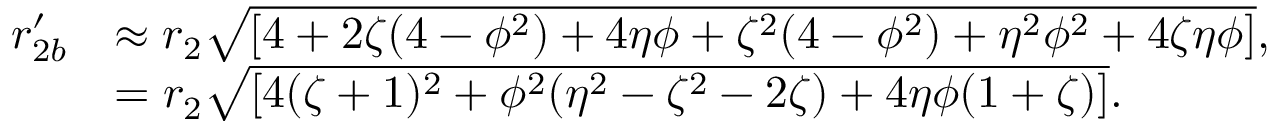
\begin{array} { r l } { r _ { 2 b } ^ { \prime } } & { \approx r _ { 2 } \sqrt { \left[ 4 + 2 \zeta ( 4 - \phi ^ { 2 } ) + 4 \eta \phi + \zeta ^ { 2 } ( 4 - \phi ^ { 2 } ) + \eta ^ { 2 } \phi ^ { 2 } + 4 \zeta \eta \phi \right] } , } \\ & { = r _ { 2 } \sqrt { \left[ 4 ( \zeta + 1 ) ^ { 2 } + \phi ^ { 2 } ( \eta ^ { 2 } - \zeta ^ { 2 } - 2 \zeta ) + 4 \eta \phi ( 1 + \zeta ) \right] } . } \end{array}